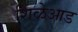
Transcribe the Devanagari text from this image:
शिळेआड